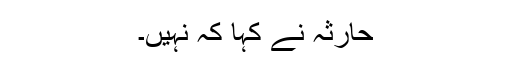
حارثہ نے کہا کہ نہیں۔